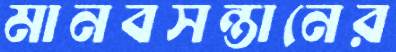
মানবসন্তানের